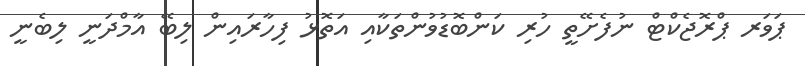
ޕަވަރ ޕްރޮޖެކްޓް ނުފެށޭތީ ހުރި ކަންބޮޑުވުންތަކާއި އަތޮޅު ފިހާރައިން ލިބޭ އާމްދަނީ ލިބެނީ